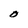
Character: O